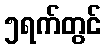
၅ရက်တွင်